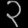
Digit: ၃